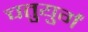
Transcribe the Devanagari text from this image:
चतुयुर्गं